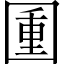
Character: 𡈈